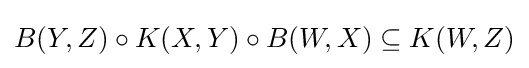
B(Y,Z)\circ K(X,Y)\circ B(W,X)\subseteq K(W,Z)